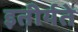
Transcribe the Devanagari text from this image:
इतीर्यते